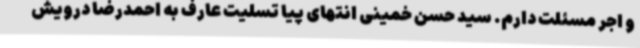
و اجر مسئلت دارم. سید حسن خمینی انتهای پیا تسلیت عارف به احمدرضا درویش